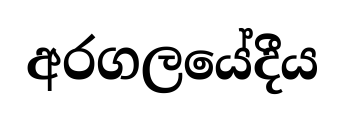
අරගලයේදීය